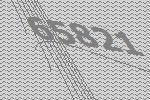
65821